Leaving Certificate Examination (including Day School Certificate (Higher) General paper), 1937
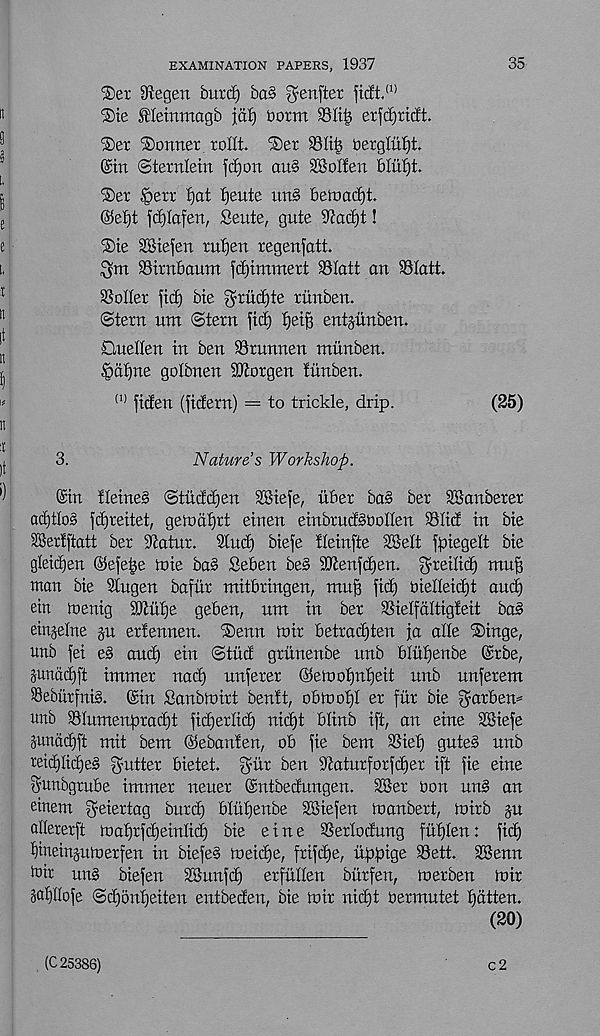
35
EXAMINATION PAPERS, 1937
®et 91egen burd) ba§ ^enfter ftclt, (1)
®te Meinmagb jdf) Dorm
erfd)riclt.
®er Conner. roU't. ®er 93It| oerglufjt.
@in ©ternlein jc£)on au§ SSoIfeix
'Ser §err f)at fjeute itn§ beroacf)t.
@ef)t jdilafert, Seute, gute 91ad)t!
®ie SBiefen ru^ett xegenfatt.
3?m Strrtbaum fd)immert 93Iatt an 93Iatt.
Roller fid) bie ^ritdjte riinben.
©tern um ©tern fid) tjeif) ent^unben.
©ateden in ben 93runnen rniinben.
Ratine golbnen SKorgen tiinben.
{,) fiden (fidern) = to trickle, drip.
(25)
3.
Nature s Workshop.
©in tleineb ©tudd)en SBiefe, uOer ba§ ber SSanberer
ad)tIo§ fdjreitet, geit)df)rt einen einbrudSOoIIen Slid in bie
23erfftatt ber ikatur. Stud) biefe fleinfte 2Sett fpiegelt bie
gleidfen ©efei^e mie ba§ Seben be§ Stenfdjen. gneilid) muf)
man bie diugen bafur mitbringen, muff fid) oiedeidjt and)
ein inenig fflufye geben, nm in ber Sielfdltigfeit ba§
einjelne §u erfennen. ®enn loir betradjten fa alte Singe,
unb fei e§ and) ein ©tnd gritnenbe unb blutjenbe ©rbe,
junddjft immer nad) nnferer ©emotjnfjeit unb nnferem
SSeburfniS. ©in Sanbloirt bentt, obrool)! er fur bie garben^
unb SIumenprad)t fidjerlid) nid)t blinb ift, an eine dBiefe
Sundd)ft mit bem ©ebanlen, ob fie bem Siet) gute§ unb
reid)Iid)e§ gutter bietet. gur ben 9taturforfd)er ift fie eine
gunbgrube immer neuer ©ntbedungen. SBer Don un§ an
einem geiertag burd) blu^enbe dBiefen toanbert, toirb jn
allererft mafjrfdjeinlid) bie eine Serlodung futjten: fid)
flineinptnerfen in biefes ineidje, frifd)e, iippige Sett. dBenn
loir ung biefen dBunfd) erfuden biirfen, tnerben loir
5at)Ilofe ©djontjeiten entbeden, bie loir nid)t oermutet patten.
(20)
(C 25386)
c2